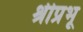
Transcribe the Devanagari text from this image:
श्रीप्रभू